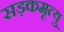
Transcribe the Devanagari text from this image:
सड़कमृत्यु